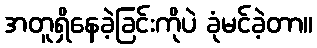
အတူရှိနေခဲ့ခြင်းကိုပဲ ခုံမင်ခဲ့တာ။